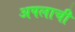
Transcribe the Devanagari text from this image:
अपलाची